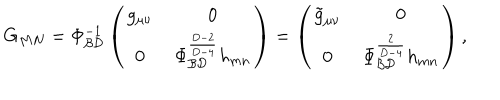
G _ { M N } = \Phi _ { \cal B D } ^ { - 1 } \left( \begin{array} { c c } { { g _ { \mu \nu } } } & { { \, 0 } } \\ { { 0 } } & { { \, \Phi _ { \cal B D } ^ { \frac { D - 2 } { D - 4 } } h _ { m n } } } \\ \end{array} \right) = \left( \begin{array} { c c } { { \tilde { g } _ { \mu \nu } } } & { { \, 0 } } \\ { { 0 } } & { { \, \Phi _ { \cal B D } ^ { \frac { 2 } { D - 4 } } h _ { m n } } } \\ \end{array} \right) ,